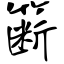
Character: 簖